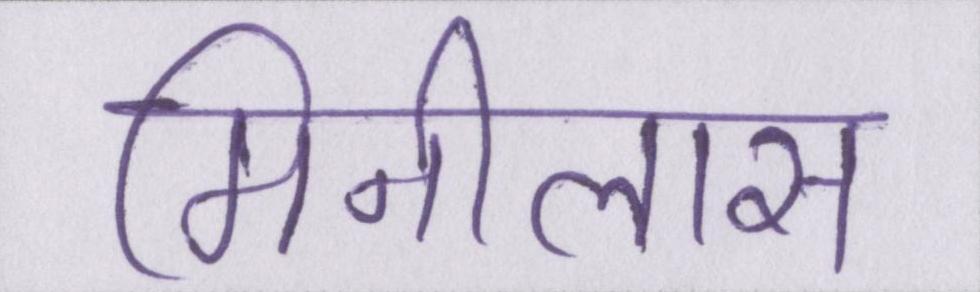
मिनीलास